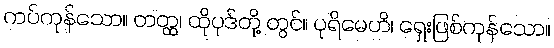
ကပ်ကုန်သော။ တတ္ထ၊ ထိုပုဒ်တို့ တွင်။ ပုရိမေဟိ၊ ရှေးဖြစ်ကုန်သော။